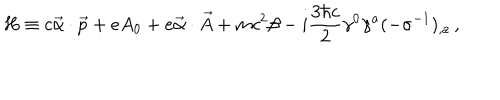
LaTeX: H \equiv c \vec { \alpha } \cdot \vec { p } + e A _ { 0 } + e \vec { \alpha } \cdot \vec { A } + m c ^ { 2 } \beta - i \frac { 3 \hbar c } { 2 } \gamma ^ { 0 } \gamma ^ { a } ( - \sigma ^ { - 1 } ) _ { , a } \, { , }